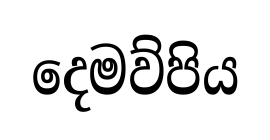
දෙමව්පිය